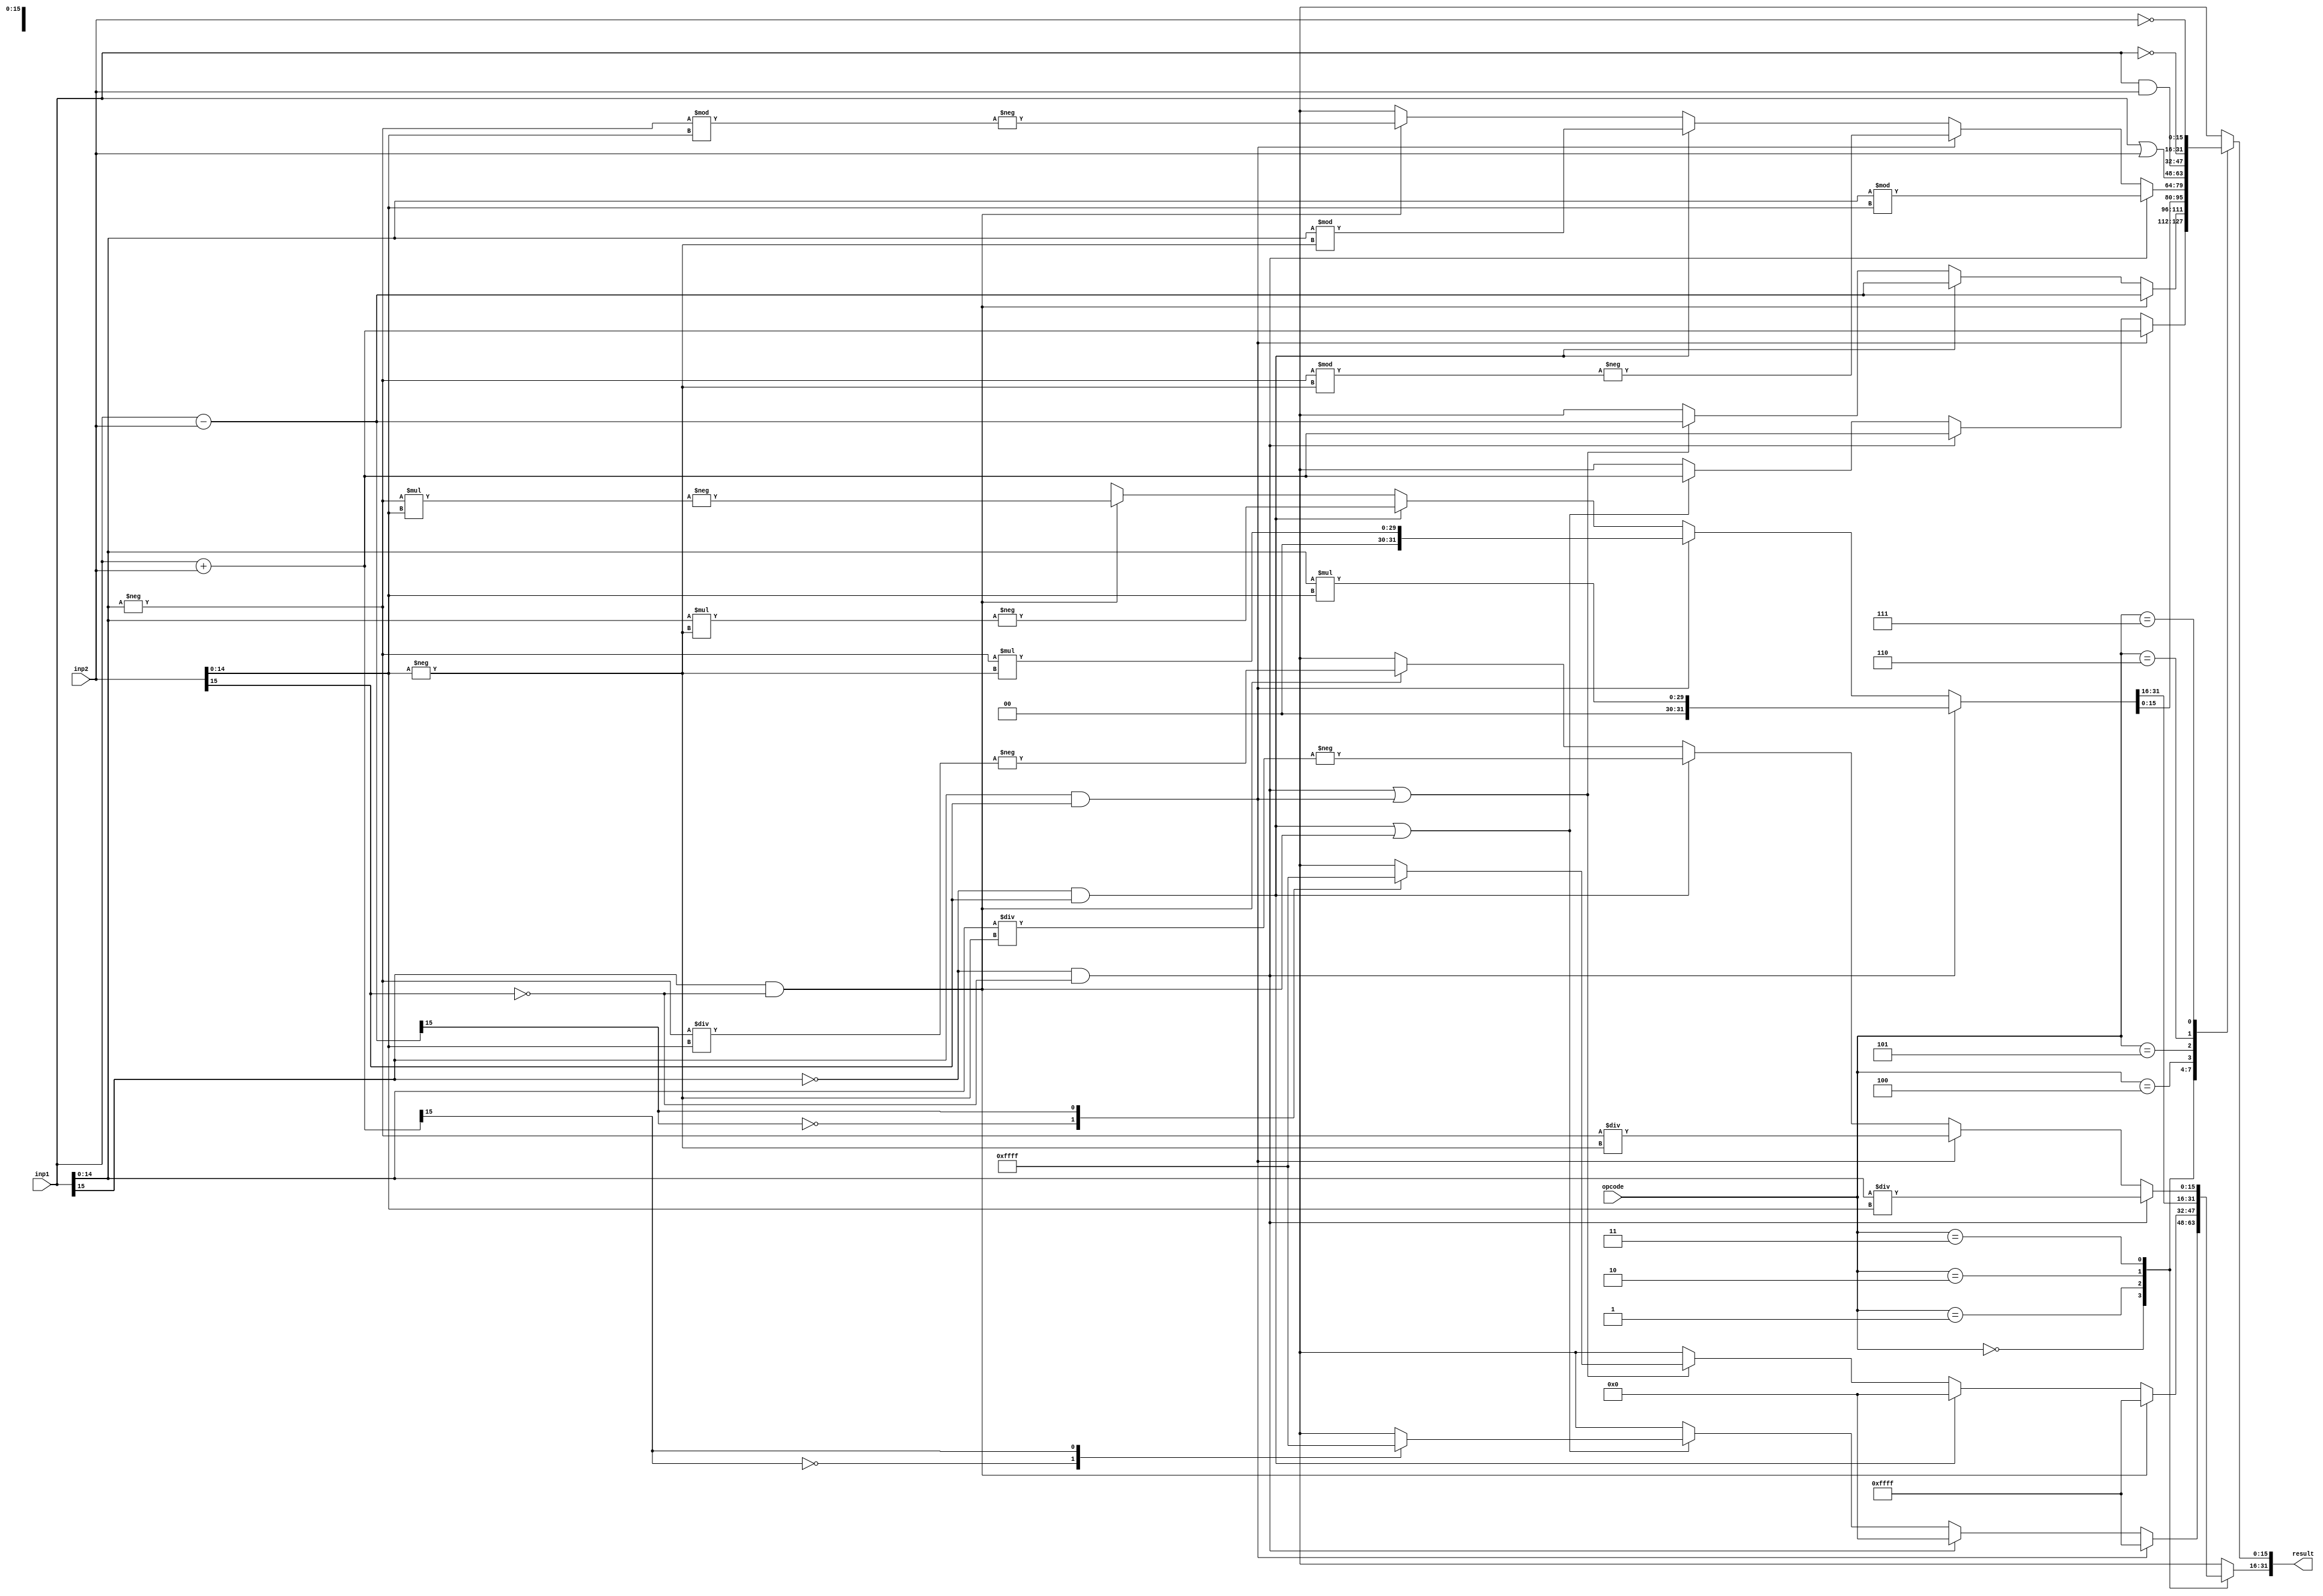
module ALU_OPERATOR (            
input [15:0] inp1, inp2,
input [2:0] opcode ,
output reg [31:0]result 
);
wire [15:0] inp1_minus,inp2_minus ;
assign inp1_minus = -inp1 ;
assign inp2_minus = -inp2 ;

always @(inp1,inp2,opcode)
  begin 
    result = 32'bx ;     //default value

    case(opcode)
      3'b000 :                                       //summation operation case
        begin 
          result[15:0] = inp1 + inp2  ;
          if(inp1[15] && inp2[15])
            result[31:16] = 16'b1111111111111111 ;
          else if(!inp1[15] && !inp2[15])
            result[31:16] = 16'b0000000000000000 ;
          else if(!inp1[15] && inp2[15] || inp1[15] && !inp2[15])
            case(result[15])
              1'b0 : result[31:16] = 16'b0000000000000000 ;
              1'b1 : result[31:16] = 16'b1111111111111111 ;
            endcase
          else result = 'bx ;
        end

      3'b001 :                                     //subtraction operation case 
        begin 
          result[15:0] = inp1 - inp2  ;
          if(inp1[15] && !inp2[15])
            result[31:16] = 16'b1111111111111111 ;
          else if(!inp1[15] && inp2[15])
            result[31:16] = 16'b0000000000000000 ;
          else if(!inp1[15] && !inp2[15] || inp1[15] && inp2[15])
            case(result[15])
              1'b0 : result[31:16] = 16'b0000000000000000 ;
              1'b1 : result[31:16] = 16'b1111111111111111 ;
            endcase
          else
            result = 'bx ;
        end

      3'b010 :                                     //multiplication operation case
        begin
          if(!inp1[15] && !inp2[15])
            result = inp1[14:0] * inp2[14:0] ;
          else if(inp1[15] && inp2[15])
            result = inp1_minus[14:0] * inp2_minus[14:0] ;
          else if(!inp1[15] && inp2[15])
            result = -(inp1[14:0] * inp2_minus[14:0]) ;
          else if(inp1[15] && !inp2[15])
            result = -(inp1_minus[14:0] * inp2[14:0]) ;
          else
            result = 32'bx ;   
        end

      3'b011 :                                     //division operation case 
        begin
          if(!inp1[15] && !inp2[15])
            begin
              result[31:16] = inp1[14:0] / inp2[14:0] ;
              result[15:0]  = inp1[14:0] % inp2[14:0] ;
            end
          else if(inp1[15] && inp2[15])
            begin
              result[31:16] = inp1_minus[14:0] / inp2_minus[14:0] ;
              result[15:0]  = -(inp1_minus[14:0] % inp2_minus[14:0]) ;
            end
          else if(!inp1[15] && inp2[15])
            begin
              result[31:16] = -(inp1[14:0] / inp2_minus[14:0]) ;
              result[15:0] = inp1[14:0] % inp2_minus[14:0] ;
            end
          else if(inp1[15] && !inp2[15])
            begin
              result[31:16] = -(inp1_minus[14:0] / inp2[14:0]) ;
              result[15:0] = -(inp1_minus[14:0] % inp2[14:0]) ;
            end
          else                                
            result = 32'bx ;  
        end

      3'b100 : result[15:0] = inp1 | inp2 ;         // bitwise ORING operation case
      3'b101 : result[15:0] = inp1 & inp2 ;         // bitwise ANDING operation case
      3'b110 : result[15:0] = ~ inp1 ;              // NOT inp1 operation case
      3'b111 : result[15:0] = ~ inp2 ;              // NOT inp2 operation case
      default : result = 32'bx ;              // default value of result
    endcase
  end
endmodule